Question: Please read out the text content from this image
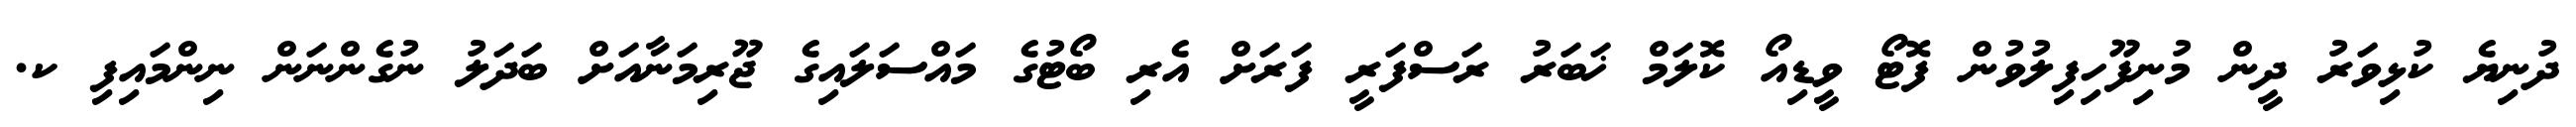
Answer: ދުނިޔެ ކުޅިވަރު ދީން މުނިފޫހިފިލުވުން ފޮޓޯ ވީޑިއޯ ކޮލަމް ޚަބަރު ރަސްފަރީ ފަރަށް އެރި ބޯޓުގެ މައްސަލައިގެ ޖޫރިމަނާއަށް ބަދަލު ނުގެންނަން ނިންމައިފި ކ.